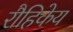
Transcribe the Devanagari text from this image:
रौहिकेय